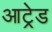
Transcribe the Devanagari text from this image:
आट्रेड